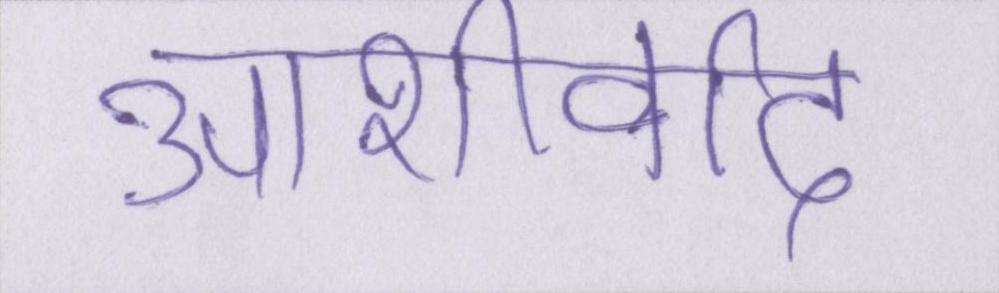
आशीर्वाद